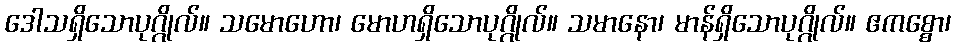
ဒေါသရှိသောပုဂ္ဂိုလ်။ သမောဟော၊ မောဟရှိသောပုဂ္ဂိုလ်။ သမာနော၊ မာန်ရှိသောပုဂ္ဂိုလ်။ ဧကစ္စော၊